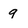
Character: 9